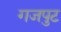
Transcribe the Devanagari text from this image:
गजपुट